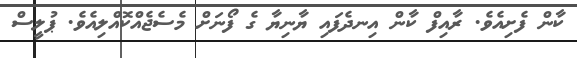
ކާން ފެށިއެވެ. ރާއިފް ކާން އިނދެފައި ޔާނިޔާ ގެ ފޯނަށް މެސެޖެއްކޮއްލިއެވެ. ޕުލީސް